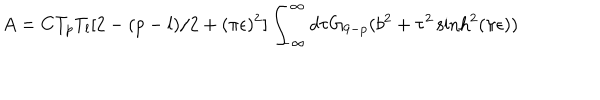
LaTeX: A = C T _ { p } T _ { l } [ 2 - ( p - l ) / 2 + ( \pi \epsilon ) ^ { 2 } ] \int _ { - \infty } ^ { \infty } d \tau G _ { 9 - p } ( b ^ { 2 } + \tau ^ { 2 } \sinh ^ { 2 } ( \pi \epsilon ) )